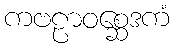
ကဗဠာဝစ္ဆေဒကံ